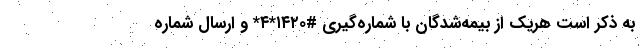
به ذکر است هریک از بیمه‌شدگان با شماره‌گیری #۱۴۲۰*۴* و ارسال شماره